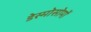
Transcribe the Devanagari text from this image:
डेस्मोसोमों